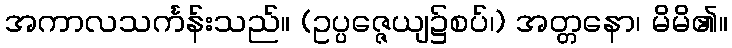
အကာလသင်္ကန်းသည်။ (ဥပ္ပဇ္ဇေယျ၌စပ်၊) အတ္တနော၊ မိမိ၏။